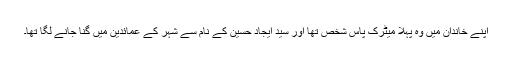
اپنے خاندان میں وہ پہلا میٹرک پاس شخص تھا اور سیّد ایجاد حسین کے نام سے شہر کے عمائدین میں گنا جانے لگا تھا۔